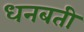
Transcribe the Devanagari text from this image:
धनबती